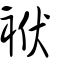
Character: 袱